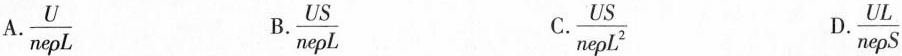
A.\frac{U}{ne \rho L} B.\frac{US}{ne \rho L} C.\frac{US}{ne \rho L^{2}} D.\frac{UL}{ne \rho S}